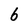
Character: 6